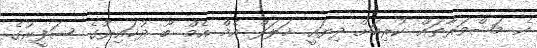
އެ މަޝްވަރާތައް ކުރިއަށް ދިޔައީ ޚަލަފް އެމް އެމް ބޫ ދުޚައިރުގެ ސަފީރުގެ